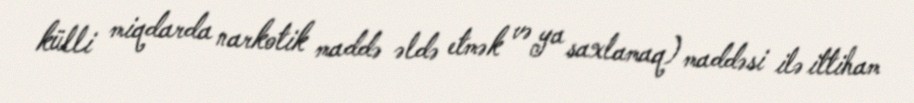
külli miqdarda narkotik maddə əldə etmək və ya saxlamaq) maddəsi ilə ittiham